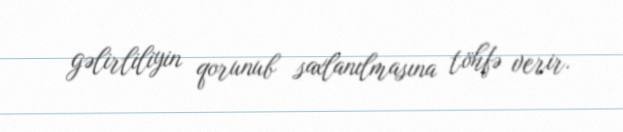
gəlirliliyin qorunub saxlanılmasına töhfə verir.